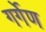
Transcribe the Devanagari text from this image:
गर्गेण